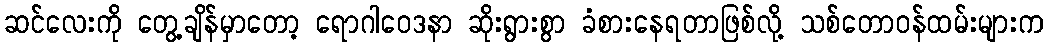
ဆင်လေးကို တွေ့ချိန်မှာတော့ ရောဂါဝေဒနာ ဆိုးရွားစွာ ခံစားနေရတာဖြစ်လို့ သစ်တောဝန်ထမ်းများက